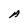
Character: A